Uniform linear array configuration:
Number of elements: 32
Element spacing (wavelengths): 1
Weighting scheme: blackman
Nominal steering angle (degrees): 15
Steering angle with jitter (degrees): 13.929
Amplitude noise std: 0.05
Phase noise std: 0.05

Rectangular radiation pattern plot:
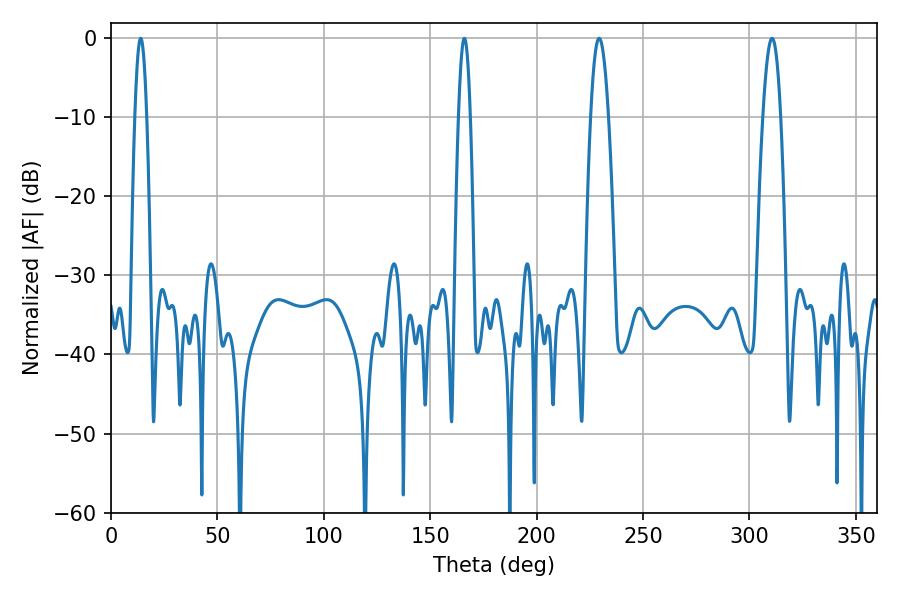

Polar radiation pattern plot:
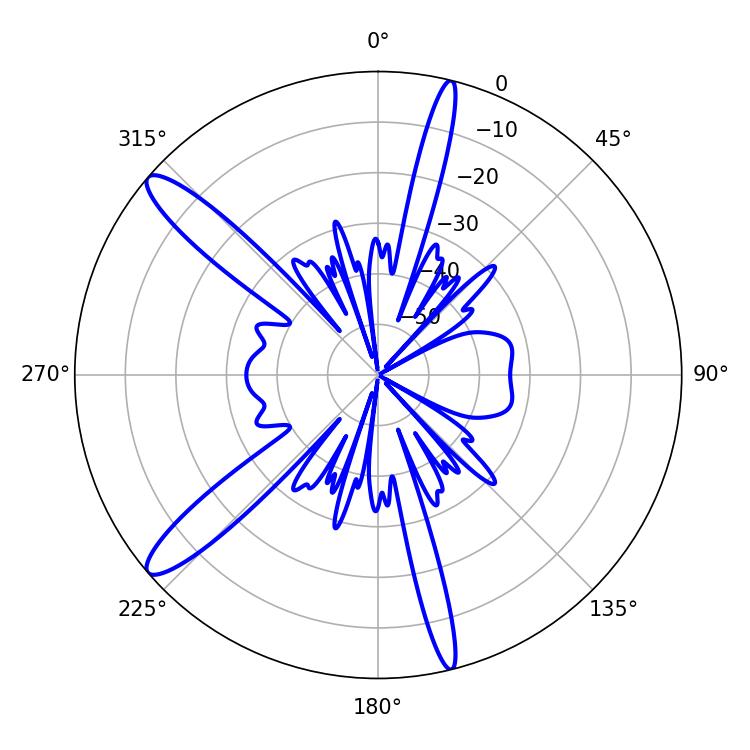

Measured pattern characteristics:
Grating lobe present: TRUE
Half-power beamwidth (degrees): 4.5
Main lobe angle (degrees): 229.32